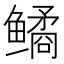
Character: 𫚪